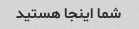
شما اینجا هستید